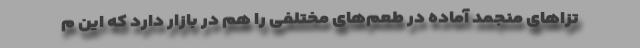
تزاهای منجمد آماده در طعم‌های مختلفی را هم در بازار دارد که این م